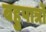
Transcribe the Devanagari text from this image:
बहुपात्रों